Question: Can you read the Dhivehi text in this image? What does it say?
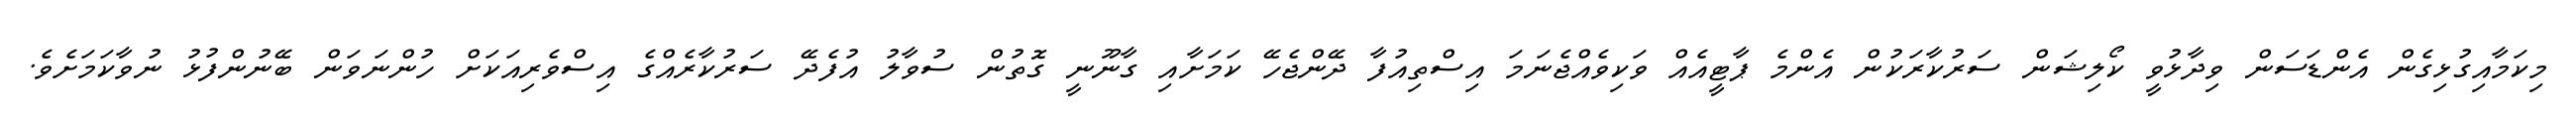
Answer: މިކަމާއިގުޅިގެން އެންޑަސަން ވިދާޅުވީ ކޯލިޝަން ސަރުކާރަކުން އެންމެ ޕާޓީއެއް ވަކިވެއްޖެނަމަ އިސްތިއުފާ ދޭންޖެހޭ ކަމަށާއި ގާނޫނީ ގޮތުން ސުވާލު އުފެދޭ ސަރުކާރެއްގެ އިސްވެރިއަކަށް ހުންނަވަން ބޭނުންފުޅު ނުވާކަމަށެވެ.